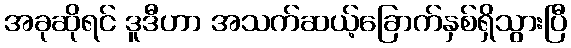
အခုဆိုရင် ဒူဒီဟာ အသက်ဆယ့်ခြောက်နှစ်ရှိသွားပြီ